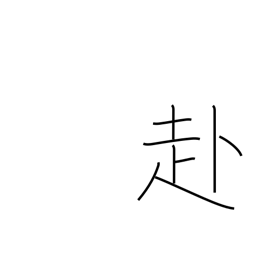
Meaning: tend